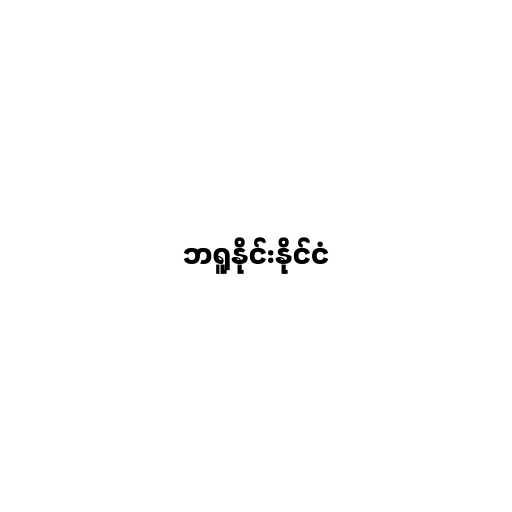
ဘရူနိုင်းနိုင်ငံ